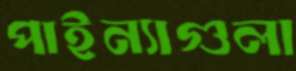
পাইন্যাগুলা